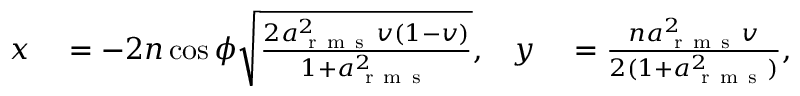
\begin{array} { r l r l } { x } & { { } = - 2 n \cos \phi \sqrt { \frac { 2 a _ { \mathrm { ~ r ~ m ~ s ~ } } ^ { 2 } v ( 1 - v ) } { 1 + a _ { \mathrm { ~ r ~ m ~ s ~ } } ^ { 2 } } } , } & { y } & { { } = \frac { n a _ { \mathrm { ~ r ~ m ~ s ~ } } ^ { 2 } v } { 2 ( 1 + a _ { \mathrm { ~ r ~ m ~ s ~ } } ^ { 2 } ) } , } \end{array}